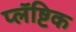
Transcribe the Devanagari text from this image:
प्लॅष्टिक